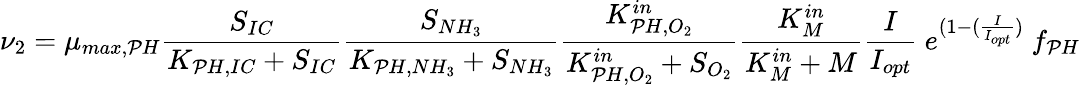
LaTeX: \nu_{2}=\mu_{max,\mathcal{P}H}\frac{{S_{IC}}}{{K_{\mathcal{P}H,IC}+S_{IC}}}\frac{{S_{NH_{3}}}}{{K_{\mathcal{P}H,NH_{3}}+S_{NH_{3}}}}\frac{{K_{\mathcal{P}H,O_{2}}^{in}}}{{K_{\mathcal{P}H,O_{2}}^{in}+S_{O_{2}}}}\frac{{K_{M}^{in}}}{{K_{M}^{in}+M}}\frac{{I}}{{I_{opt}}}\ e^{(1-(\frac{{I}}{{I_{opt}}})}\ f_{\mathcal{P}H}